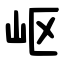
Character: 岖